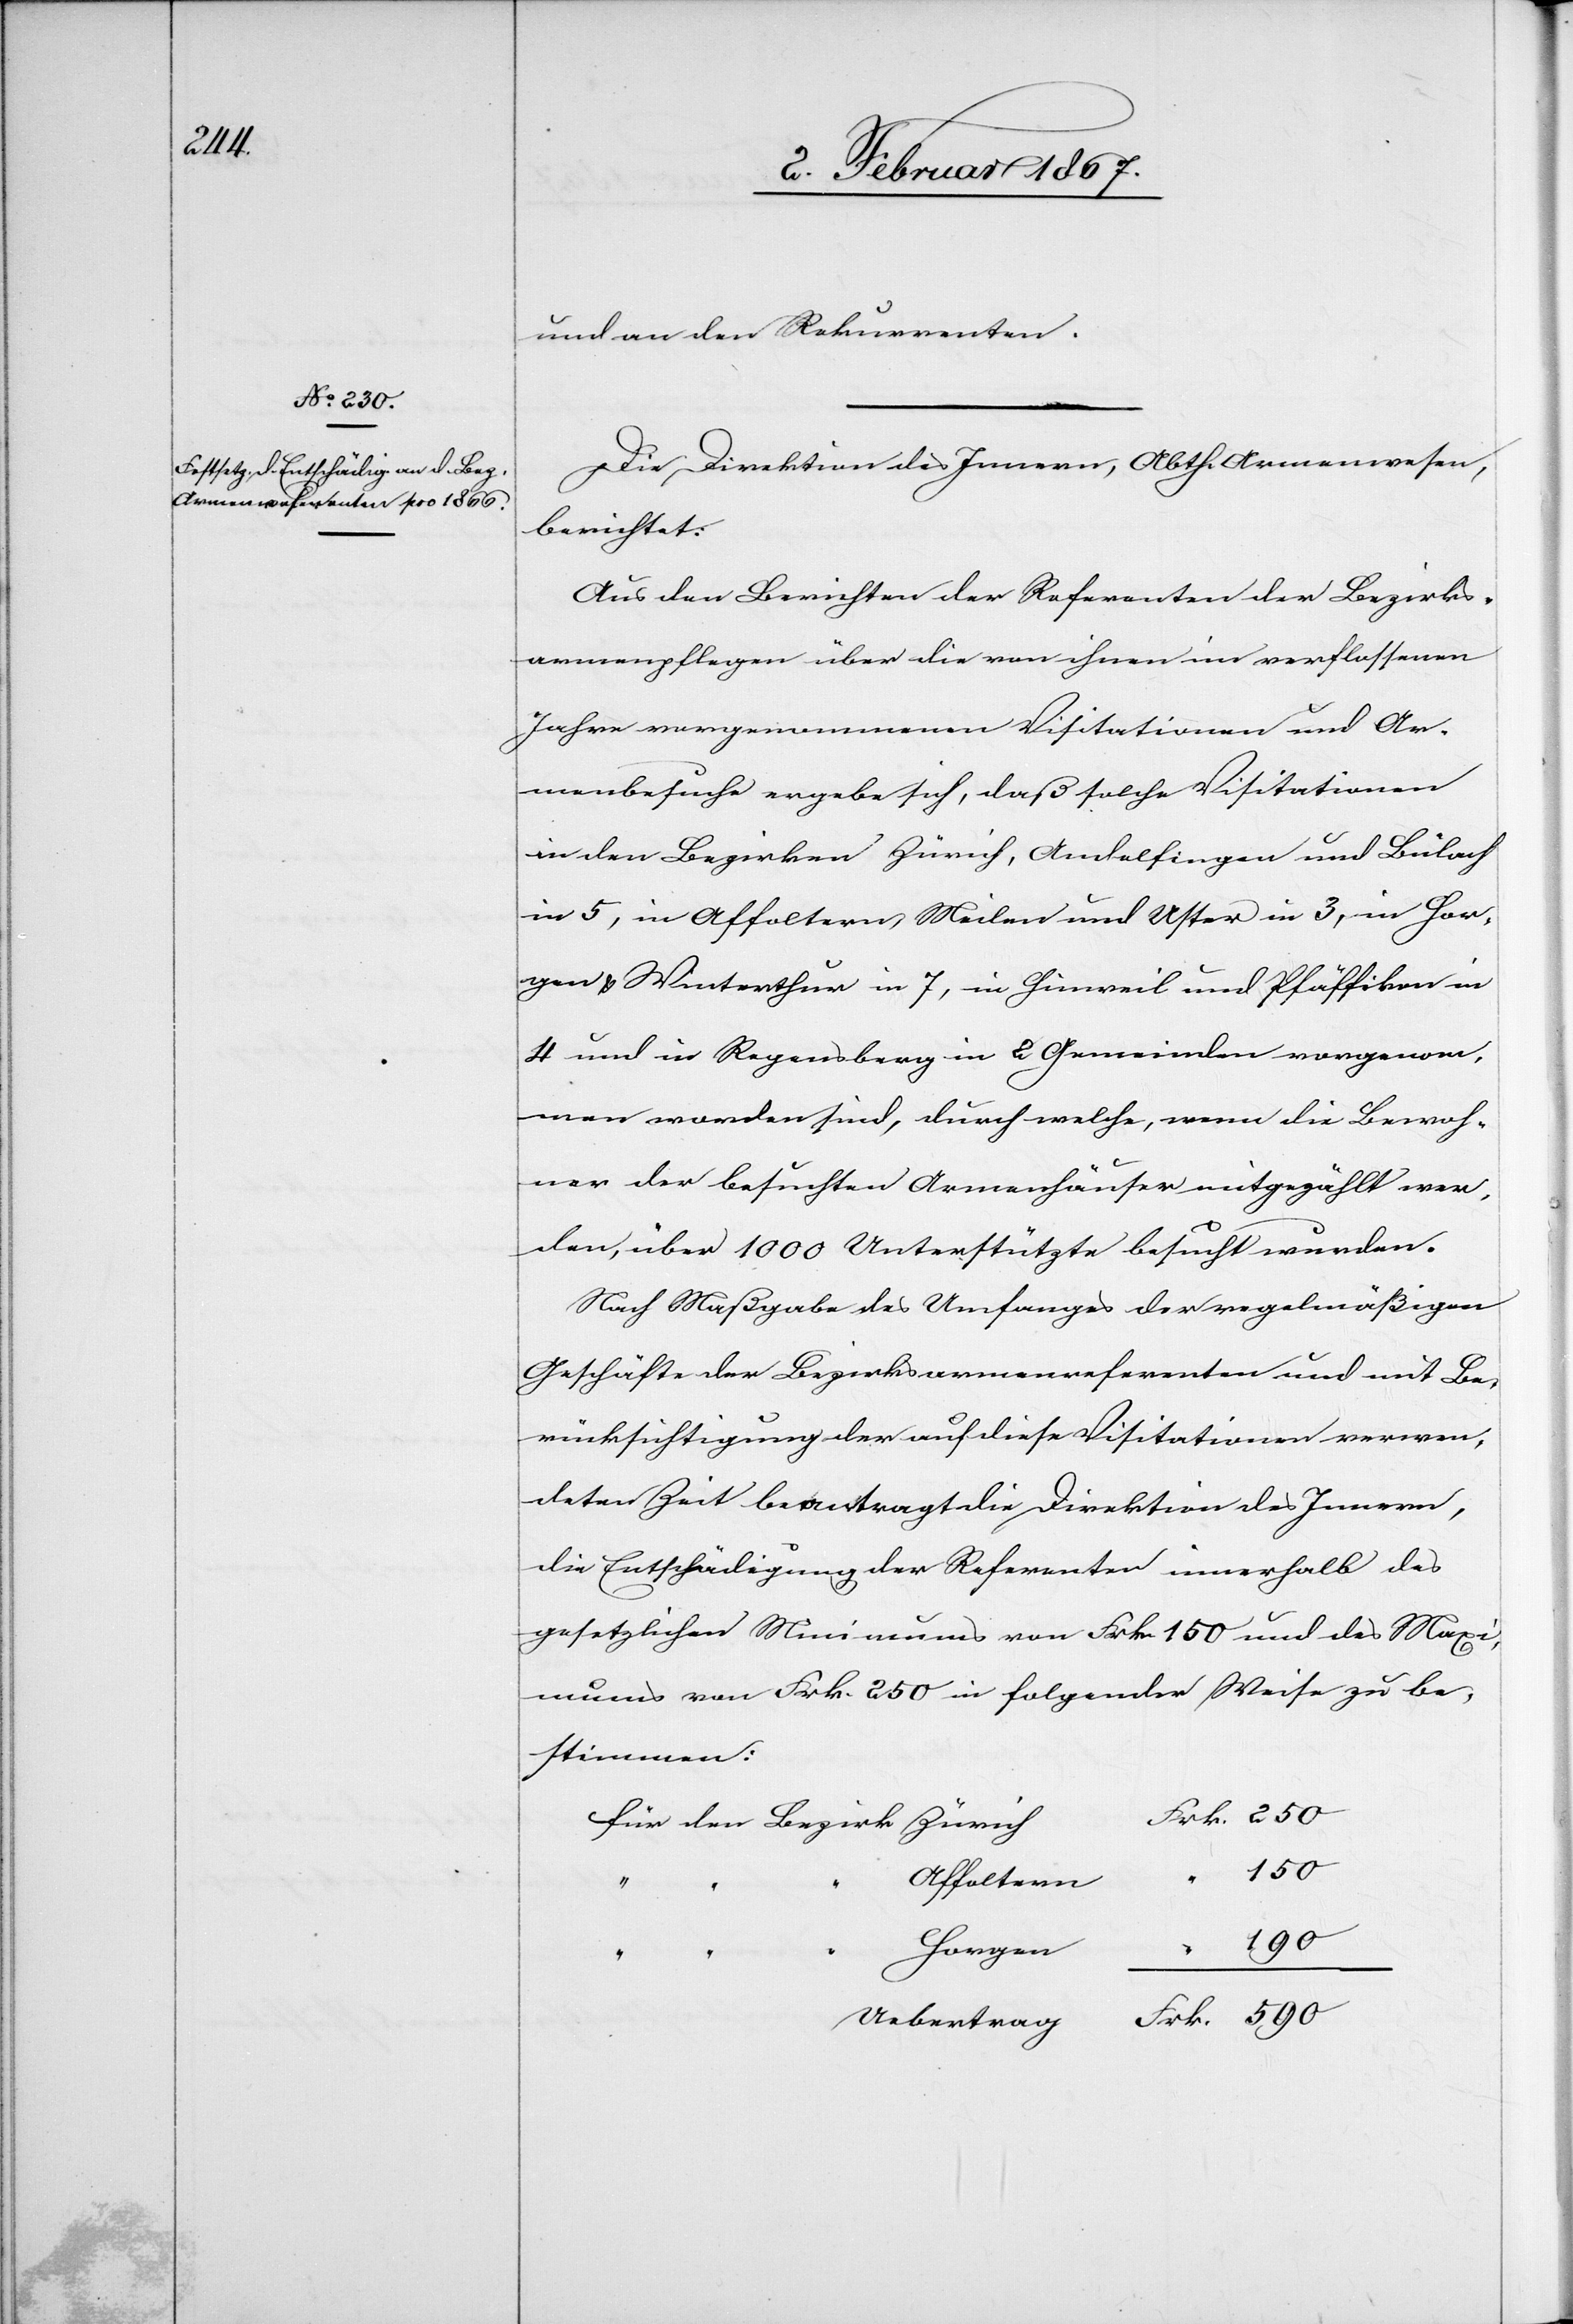
und an den Rekurrenten.
Die Direktion des Innern, Abth. Armenwesen,
berichtet:
Aus den Berichten der Referenten der Bezirks¬
armenpflege über die von ihnen im verflossenem
Jahre vorgenommenen Visitationen und Ar¬
menbesuche ergebe sich, daß solche Visitationen
in den Bezirken Zürich, Andelfingen und Bülach
in 2, in Affoltern, Meilen und Uster in 3, in Hor¬
gen & Winterthur in 7, in Hinweil und Pfäffikon in
4 und in Regensberg in 2 Gemeinden vorgenom¬
men worden sind, durch welche, wenn die Bewoh¬
ner der besuchten Armenhäuser mitgezählt wer¬
den, über 1000 Unterstützte besucht wurden.
Nach Maßgabe des Umfanges der regelmäßigen
Geschäfte der Bezirksarmenreferenten und mit Be¬
rücksichtigung der auf diese Visitationen verwen¬
deten Zeit beantragt die Direktion des Innern,
die Entschädigung der Referenten innerhalb des
gesetzlichen Minimums von Frk. 150 und des Maxi¬
mums von Frk. 250 in folgender Weise zu be¬
stimmen: